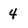
Character: 4